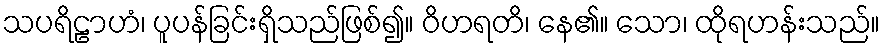
သပရိဠာဟံ၊ ပူပန်ခြင်းရှိသည်ဖြစ်၍။ ဝိဟရတိ၊ နေ၏။ သော၊ ထိုရဟန်းသည်။